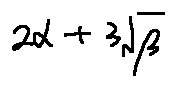
2 \alpha + 3 \sqrt { \beta }